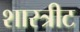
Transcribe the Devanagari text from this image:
शास्त्रीट